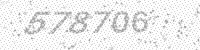
Solution: 578706